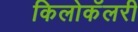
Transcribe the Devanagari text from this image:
किलोकॅलरी